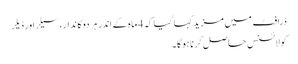
ڈرافٹ میں مزید کہا گیا کہ 4 ماہ کے اندر ہر دوکاندار، سیلراور ڈیلر
کو لائسنس حاصل کرنا ہوگا۔